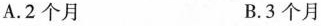
A.2个月 B.3个月